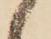
候